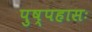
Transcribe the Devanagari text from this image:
पुष्पहासः